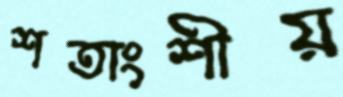
শতাংশীয়